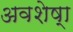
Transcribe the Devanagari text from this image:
अवशेष्‍ा